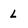
Character: L